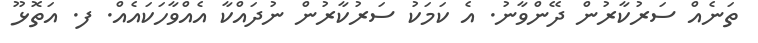
ތަނެއް ސަރުކާރުން ދޭންވާނު. އެ ކަމަކު ސަރުކާރުން ނުދައްކާ އެއްވާހަކައެއް. ފ. އަތޮޅޫ